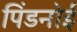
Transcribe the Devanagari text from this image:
पिंडनोई